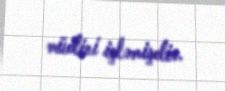
müdiri işləmişdir.